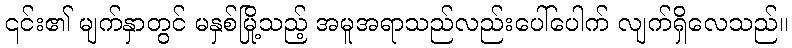
၎င်း၏ မျက်နှာတွင် မနှစ်မြို့သည့် အမူအရာသည်လည်းပေါ်ပေါက် လျက်ရှိလေသည်။